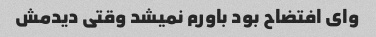
وای افتضاح بود باورم نمیشد وقتی دیدمش